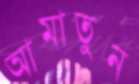
আমাতুন